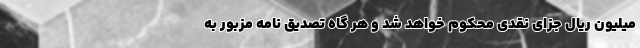
میلیون ریال جزای نقدی محکوم خواهد شد و هر گاه تصدیق نامه مزبور به